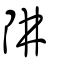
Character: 阱